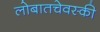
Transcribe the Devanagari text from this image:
लोबातचेवस्की